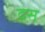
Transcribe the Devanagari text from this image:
द्स